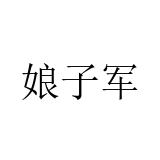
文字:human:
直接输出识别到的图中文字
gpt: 娘子军